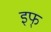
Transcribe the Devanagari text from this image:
इफ्